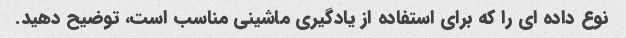
نوع داده ای را که برای استفاده از یادگیری ماشینی مناسب است، توضیح دهید.